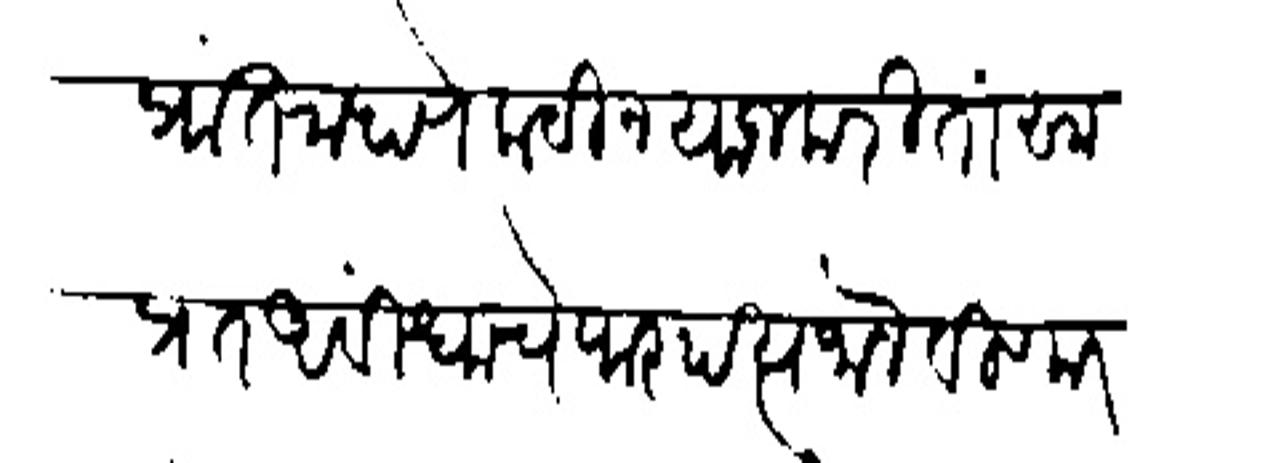
Transliteration (Devanagari): प्रांत राहाणे कठीन याजकरितां साप्रत अविधाचे पारपत्य जालेविणा